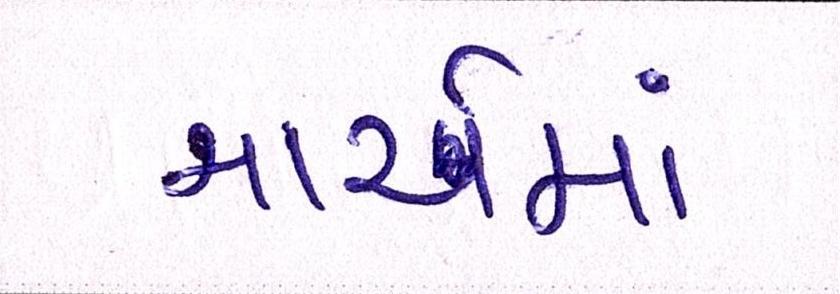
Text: માર્ચમાં